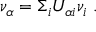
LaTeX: \nu _ { \alpha { \L } } = \Sigma _ { i } U _ { \alpha { i } } \nu _ { i { \L } } \ .